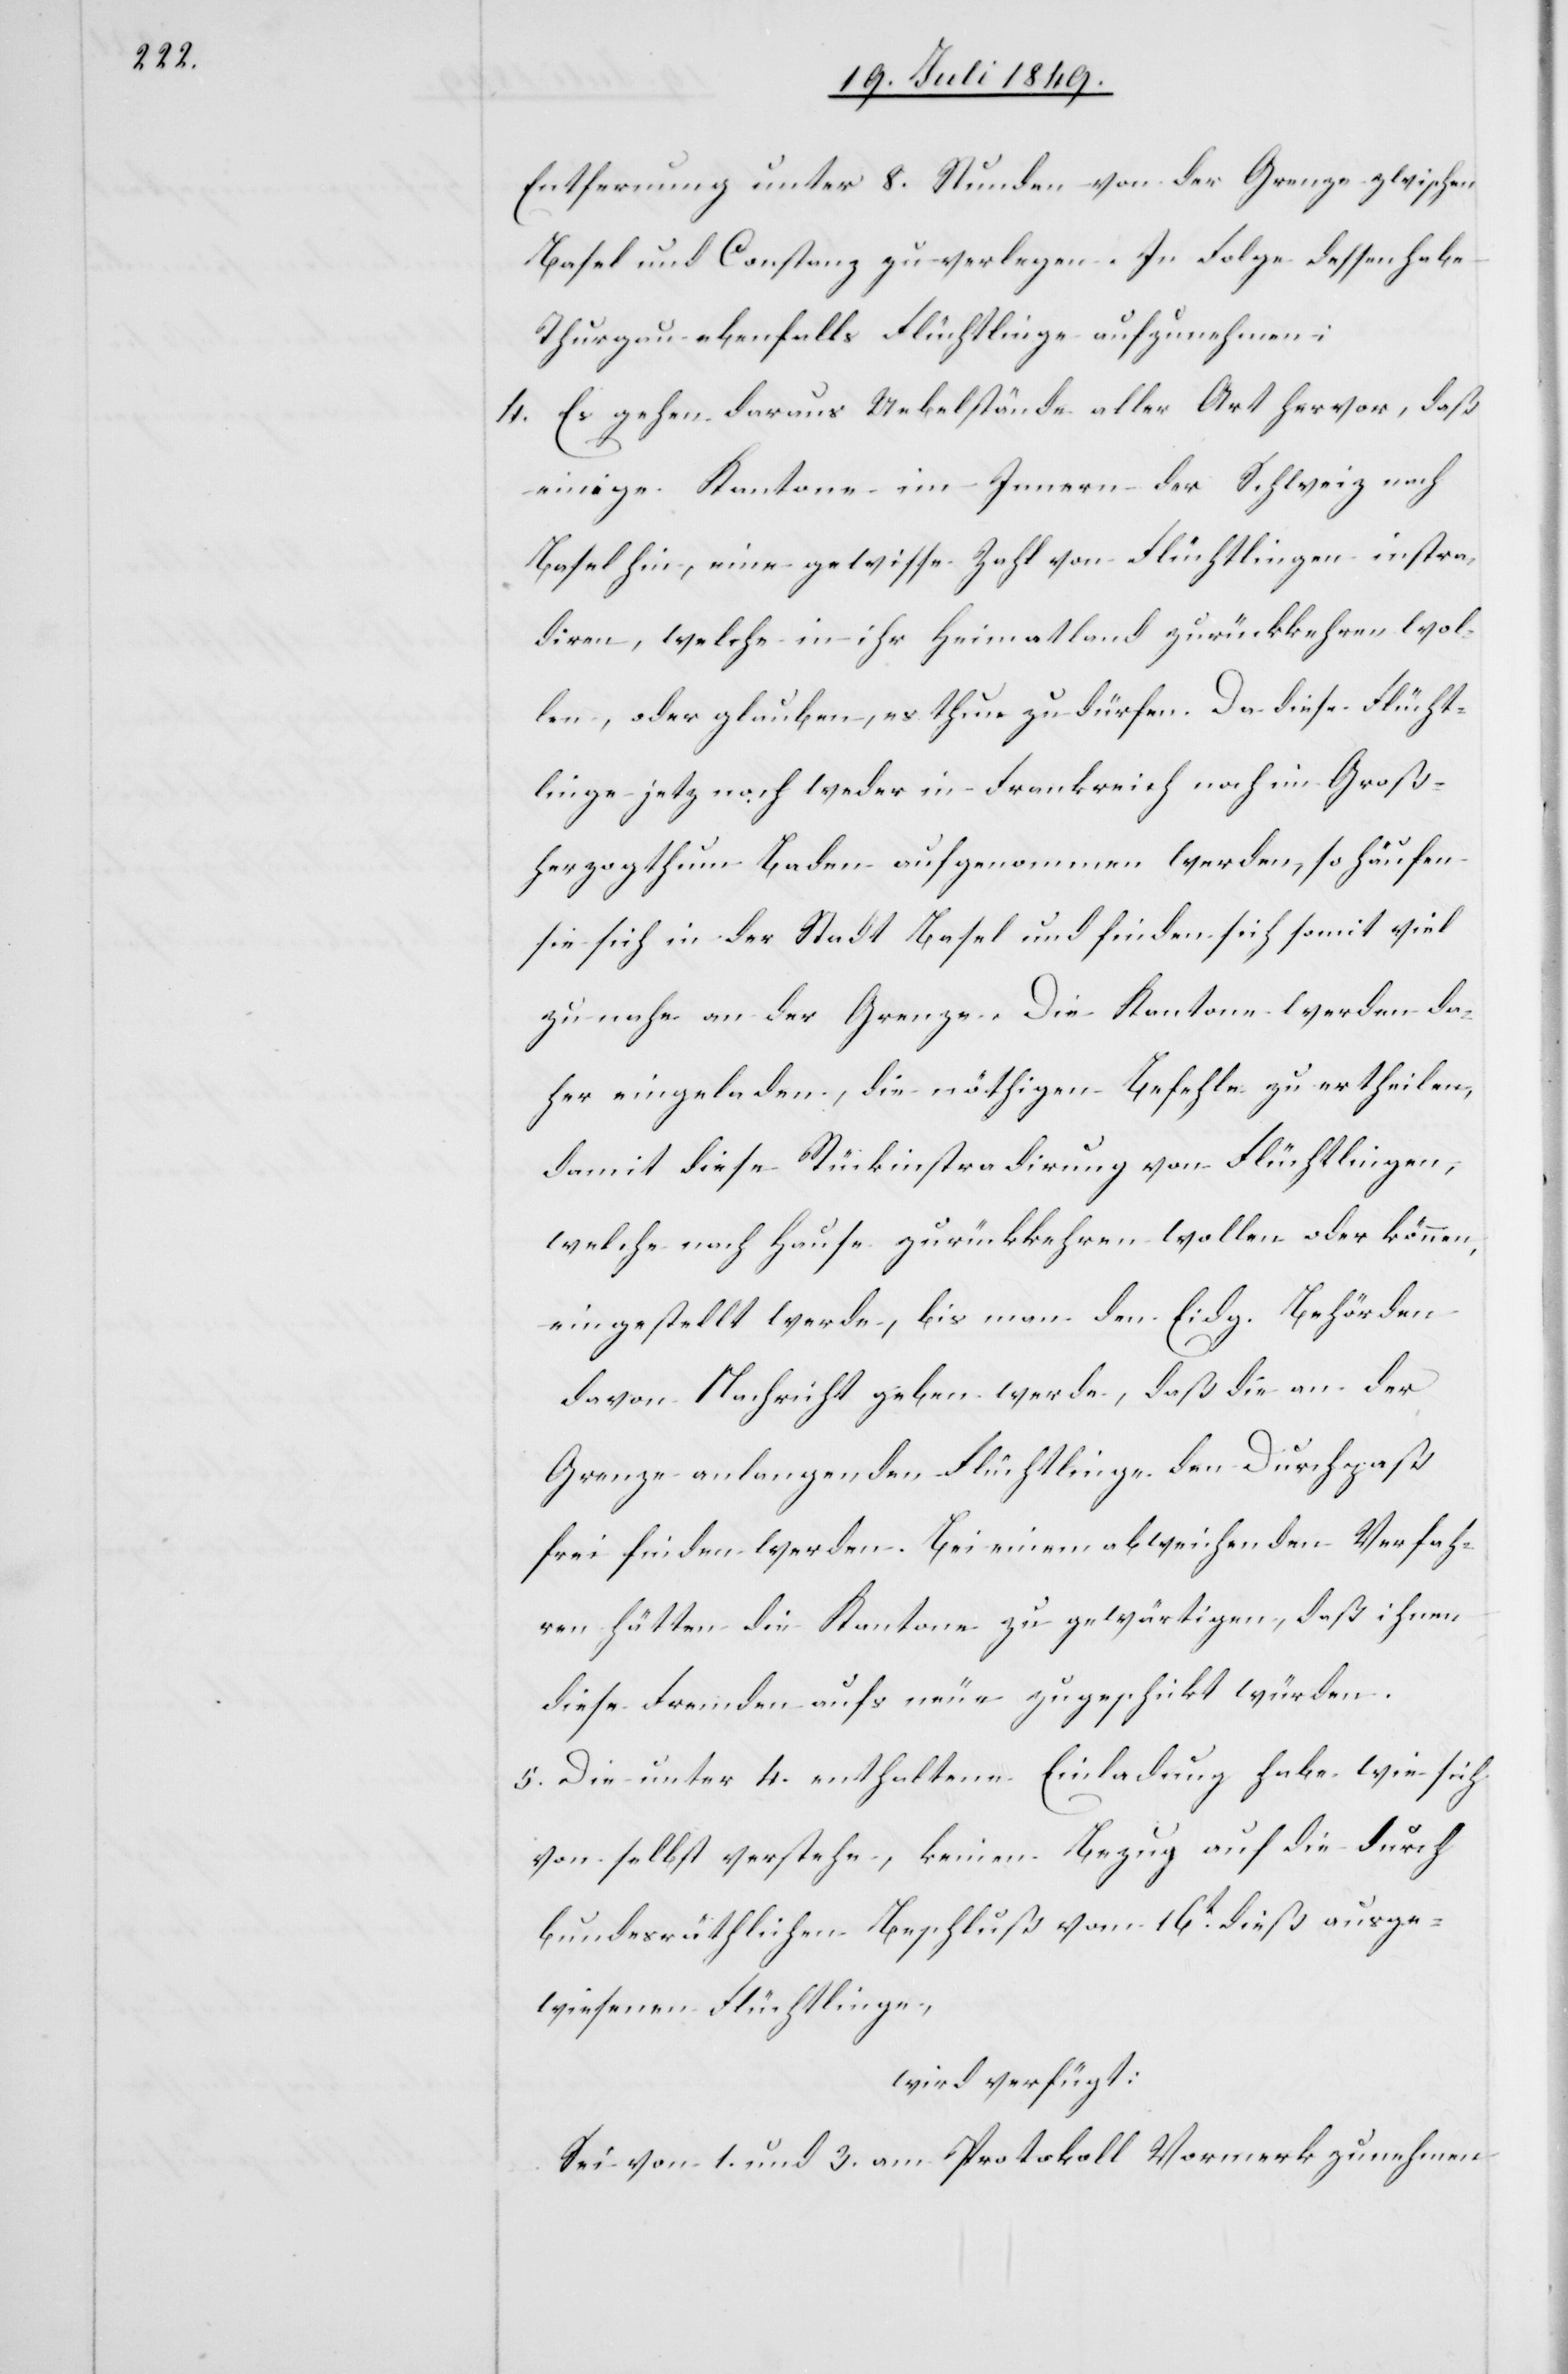
Entfernung unter 8. Stunden von der Grenze zwischen
Basel und Constanz zu verlegen. In Folge dessen habe
Thurgau ebenfalls Flüchtlinge aufzunehmen;
4. Es gehen daraus Uebelstände aller Art hervor, daß
einige Kantone im Innern der Schweiz nach
Basel hin, eine gewisse Zahl von Flüchtlingen instra¬
diren, welche in ihr Heimatland zurückkehren wol¬
len, oder glauben, es thun zu dürfen. Da diese Flücht¬
linge jetz[t] noch weder in Frankreich noch im Groß¬
herzogthum Baden aufgenommen werden, so häufen
sie sich in der Stadt Basel und finden sich somit viel
zu nahe an der Grenze. Die Kantone werden da¬
her eingeladen, die nöthigen Befehle zu ertheilen,
damit diese Rückinstradirung von Flüchtlingen,
welche nach Hause zurückkehren wollen oder können,
eingestellt werde, bis man den Eidg. Behörden
davon Nachricht geben werde, daß die an der
Grenze anlangenden Flüchtlinge den Durchpaß
frei finden werden. Bei einem abweichenden Verfah¬
ren hätten die Kantone zu gewärtigen, daß ihnen
diese Fremden aufs neue zugeschikt würden.
5. Die unter 4. enthaltene Einladung habe wie sich
von selbst verstehe, keinen Bezug auf die durch
bundesräthlichen Beschluß vom 16t dieß ausge¬
wiesenen Flüchtlinge,
wird verfügt:
Sei von 1. und 3. am Protokoll Vormerk zu nehmen